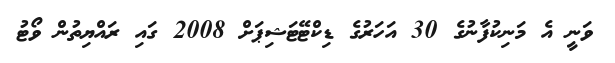
ވަނީ އެ މަނިކުފާނުގެ 30 އަހަރުގެ ޑިކްޓޭޓަޝިޕަށް 2008 ގައި ރައްޔިތުން ވޯޓު